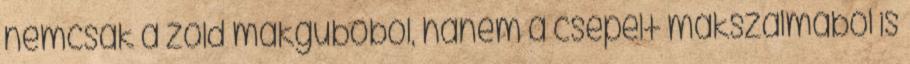
nemcsak a zöld mákgubóból, hanem a csépelt mákszalmából is